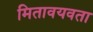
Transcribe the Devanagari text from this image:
मितावयवता